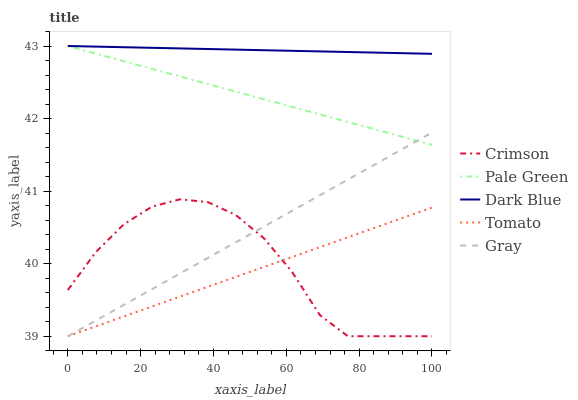
| xaxis_label | Crimson | Pale Green | Dark Blue | Tomato | Gray |
 | --- | --- | --- | --- | --- | --- |
 | 0 | 39.6 | 43 | 43 | 39 | 39 |
 | 7.69 | 40.2 | 42.9 | 43 | 39.1 | 39.2 |
 | 15.4 | 40.5 | 42.8 | 43 | 39.3 | 39.4 |
 | 23.1 | 40.8 | 42.7 | 43 | 39.4 | 39.6 |
 | 30.8 | 40.9 | 42.6 | 43 | 39.5 | 39.9 |
 | 38.5 | 40.8 | 42.5 | 43 | 39.7 | 40.1 |
 | 46.2 | 40.7 | 42.4 | 43 | 39.8 | 40.3 |
 | 53.8 | 40.4 | 42.3 | 42.9 | 40 | 40.5 |
 | 61.5 | 39.9 | 42.2 | 42.9 | 40.1 | 40.7 |
 | 69.2 | 39.3 | 42.1 | 42.9 | 40.2 | 40.9 |
 | 76.9 | 39 | 42 | 42.9 | 40.4 | 41.2 |
 | 84.6 | 39 | 41.8 | 42.9 | 40.5 | 41.4 |
 | 92.3 | 39 | 41.7 | 42.9 | 40.6 | 41.6 |
 | 100 | 39 | 41.6 | 42.9 | 40.8 | 41.8 |